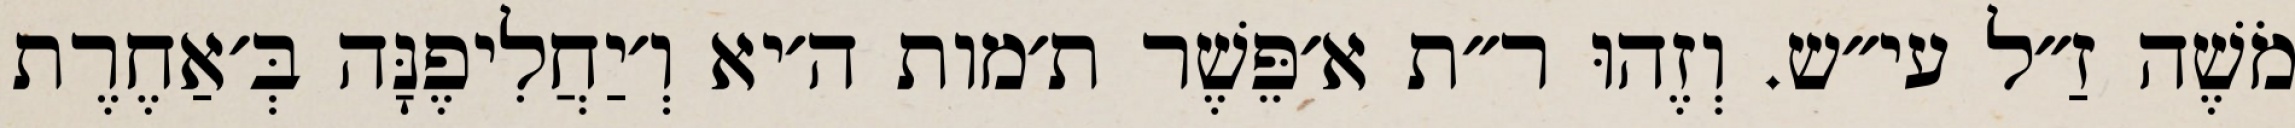
מֹשֶׁה זַ״ל עי״ש. וְזֶהוּ ר״ת א׳פֵּשֶׁר ת׳מות ה׳יא וְ׳יַחֲלִיפֶנָּה בְּ׳אַחֶרֶת